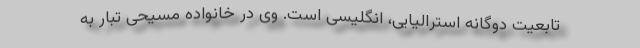
تابعیت دوگانه استرالیایی، انگلیسی است. وی در خانواده مسیحی تبار به